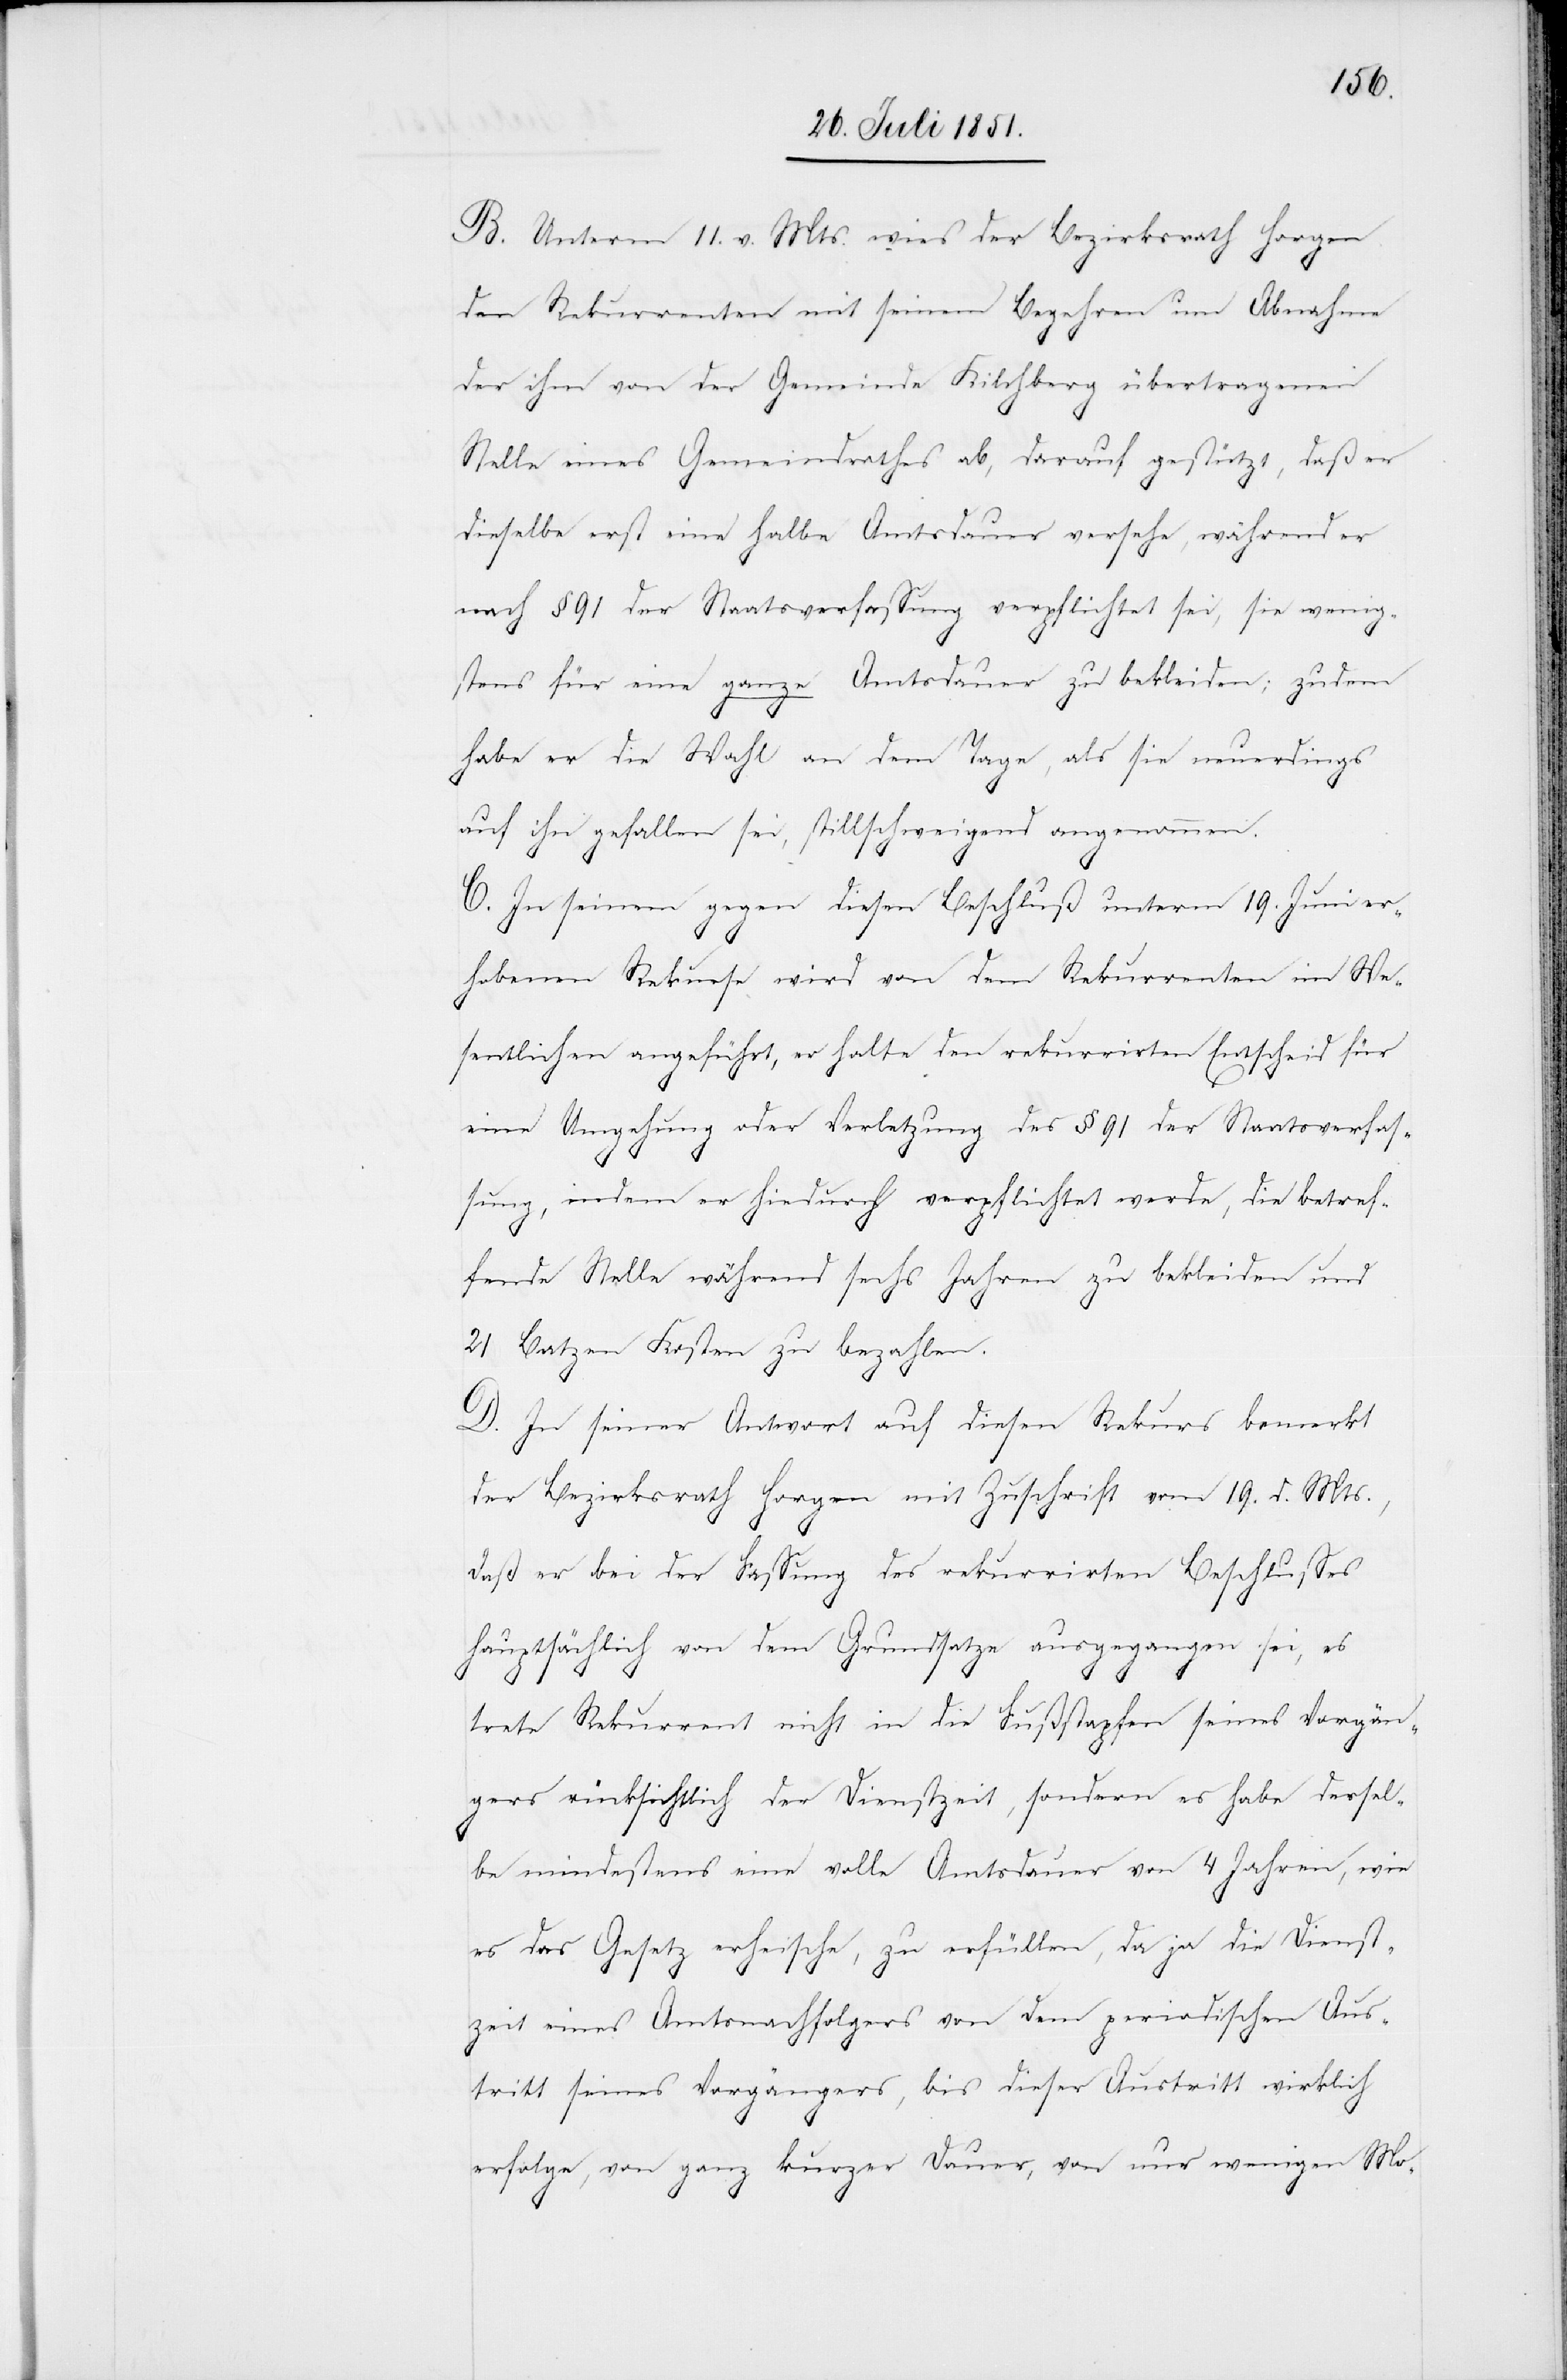
B. Unterm 11. v. Mts. wies der Bezirksrath Horgen
den Rekurrenten mit seinem Begehren um Abnahme
der ihm von der Gemeinde Kilchberg übertragenen
Stelle eines Gemeindrathes ab, darauf gestützt, daß er
dieselbe erst eine halbe Amtsdauer versehe, während er
nach § 91 der Staatsverfassung verpflichtet sei, sie wenig¬
stens für eine ganze Amtsdauer zu bekleiden; zudem
habe er die Wahl an dem Tage, als sie neuerdings
auf ihn gefallen sei, stillschweigend angenommen.
C. In seinem gegen diesen Beschluß unterm 19. Juni er¬
hobenen Rekurse wird von dem Rekurrenten im We¬
sentlichen angeführt, er halte den rekurrirten Entscheid für
eine Umgehung oder Verletzung des § 91 der Staatsverfas¬
sung, indem er hiedurch verpflichtet werde, die betref¬
fende Stelle während sechs Jahren zu bekleiden und
21 Batzen Kosten zu bezahlen.
D. In seiner Antwort auf diesen Rekurs bemerkt
der Bezirksrath Horgen mit Zuschrift vom 19. d. Mts.,
daß er bei der Fassung des rekurrirten Beschlusses
hauptsächlich von dem Grundsatze ausgegangen sei, es
trete Rekurrent nicht in die Fußstapfen seines Vorgän¬
gers rücksichtlich der Dienstzeit, sondern es habe dersel¬
be mindestens eine volle Amtsdauer von 4 Jahren, wie
es das Gesetz erheische, zu erfüllen, da ja die Dienst¬
zeit eines Amtsnachfolgers von dem periodischen Aus¬
tritt seines Vorgängers, bis dieser Austritt wirklich
erfolge, von ganz kurzer Dauer, von nur wenigen Mo-